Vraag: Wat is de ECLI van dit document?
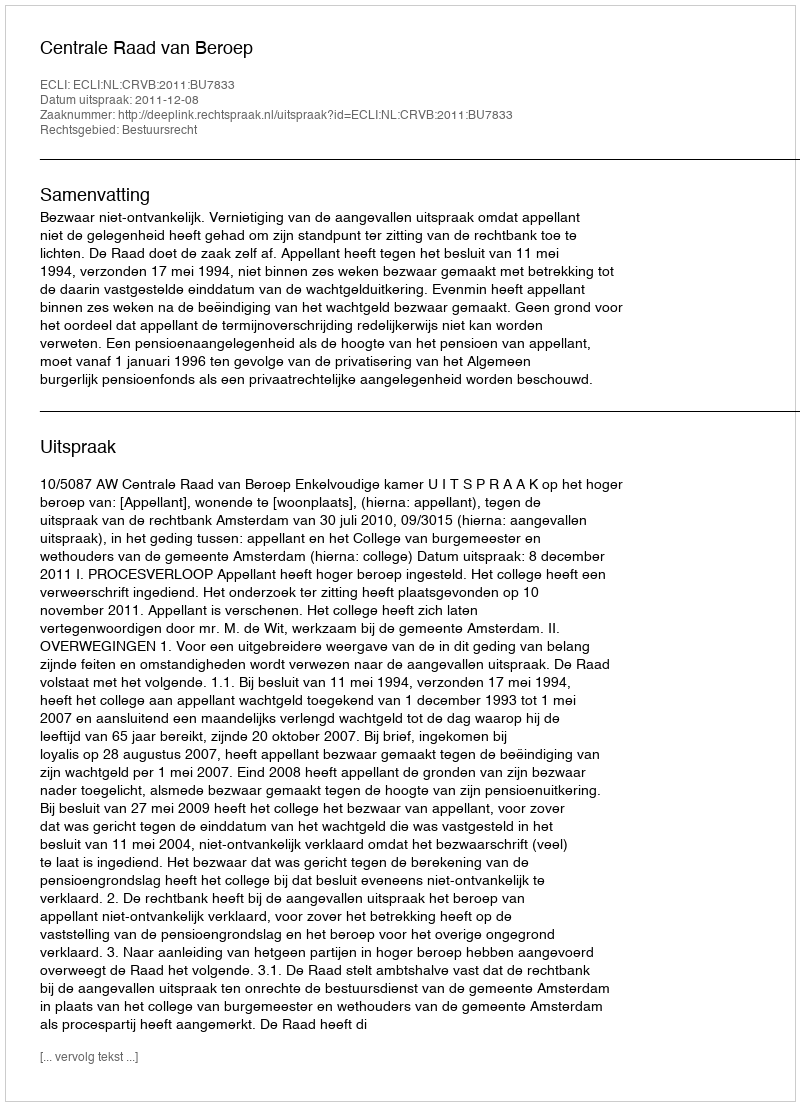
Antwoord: ECLI:NL:CRVB:2011:BU7833